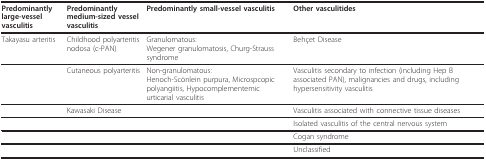
<table><thead><tr><td><b>Predominantly large-vessel vasculitis</b></td><td><b>Predominantly medium-sized vessel vasculitis</b></td><td><b>Predominantly small-vessel vasculitis</b></td><td><b>Other vasculitides</b></td></tr></thead><tbody><tr><td>Takayasu arteritis</td><td>Childhood polyarteritis nodosa (c-PAN)</td><td>Granulomatous:Wegener granulomatosis, Churg-Strauss syndrome</td><td>Behçet Disease</td></tr><tr><td></td><td>Cutaneous polyarteritis</td><td>Non-granulomatous:Henoch-Scönlein purpura, Microspcopic polyangiitis, Hypocomplementemic urticarial vasculitis</td><td>Vasculitis secondary to infection (including Hep B associated PAN), malignancies and drugs, including hypersensitivity vasculitis</td></tr><tr><td></td><td>Kawasaki Disease</td><td></td><td>Vasculitis associated with connective tissue diseases</td></tr><tr><td></td><td></td><td></td><td>Isolated vasculitis of the central nervous system</td></tr><tr><td></td><td></td><td></td><td>Cogan syndrome</td></tr><tr><td></td><td></td><td></td><td>Unclassified</td></tr></tbody></table>